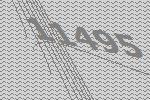
11495